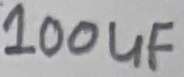
Text: 100uF